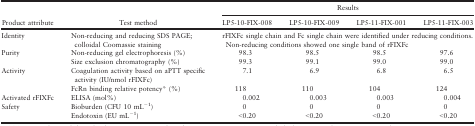
|  |  | <COLSPAN=4> Results |
 | Product attribute | Test method | LP5-10-FIX-008 | LP5-10-FIX-009 | LP5-11-FIX-001 | LP5-11-FIX-003 |
 | --- | --- | --- | --- | --- | --- |
 | Identity | Non-reducing and reducing SDS PAGE; colloidal Coomassie staining | <COLSPAN=4> rFIXFc single chain and Fc single chain were identified under reducing conditions. Non-reducing conditions showed one single band of rFIXFc |
 | <ROWSPAN=2> Purity | Non-reducing gel electrophoresis (%) | 98.3 | 98.5 | 98.5 | 97.6 |
 | Size exclusion chromatography (%) | 99.3 | 99.1 | 99.0 | 99.0 |
 | <ROWSPAN=2> Activity | Coagulation activity based on aPTT specific activity (IU/nmol rFIXFc) | 7.1 | 6.9 | 6.8 | 6.5 |
 | FcRn binding relative potency* (%) | 118 | 110 | 104 | 124 |
 | Activated rFIXFc | ELISA (mol%) | 0.002 | 0.003 | 0.003 | 0.004 |
 | <ROWSPAN=2> Safety | Bioburden (CFU 10 mL−1) | 0 | 0 | 0 | 0 |
 | Endotoxin (EU mL−1) | <0.20 | <0.20 | <0.20 | <0.20 |